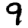
Digit: 9